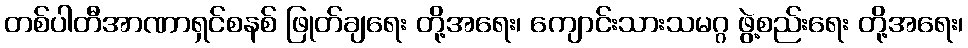
တစ်ပါတီအာဏာရှင်စနစ် ဖြုတ်ချရေး တို့အရေး၊ ကျောင်းသားသမဂ္ဂ ဖွဲ့စည်းရေး တို့အရေး၊